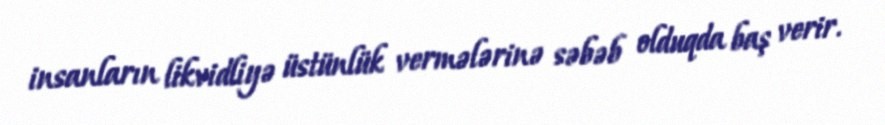
insanların likvidliyə üstünlük vermələrinə səbəb olduqda baş verir.